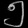
Digit: ၅